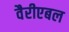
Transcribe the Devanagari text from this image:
वैरीएबल